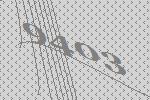
9403